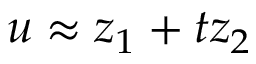
u \approx z _ { 1 } + t z _ { 2 }